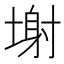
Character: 塮